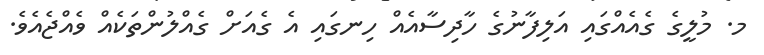
މ. މުލީގެ ގެއެއްގައި އަލިފާނުގެ ހާދިސާއެއް ހިނގައި އެ ގެއަށް ގެއްލުންތަކެއް ވެއްޖެއެވެ.